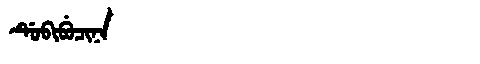
Manchu: ᡩᡠᠪᡳᠪᡠᠴᡳᠨᠠ
Romanization: DUBIBUCINA